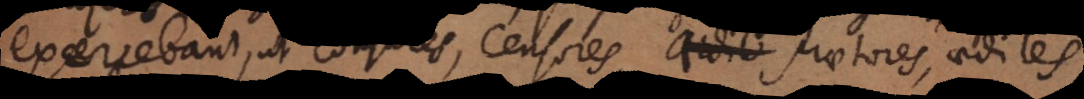
exercebant, ut Consules, Censores, Praetores, aediles